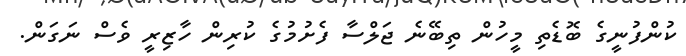
ކުންފުނީގެ ބޮޑެތި މީހުން ތިބޭނެ ޖަލްސާ ފެށުމުގެ ކުރިން ހާޒިރީ ވެސް ނަގަން.